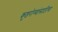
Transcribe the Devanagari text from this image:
कुष्ठरोग्यांसाठीचा